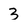
Character: 3